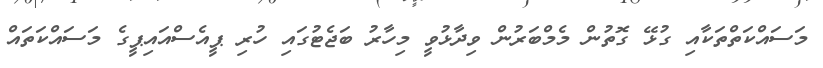
މަސައްކަތްތަކާއި ގުޅޭ ގޮތުން މެމްބަރުން ވިދާޅުވީ މިިހާރު ބަޖެޓުގައި ހުރި ޕީއެސްއައިޕީގެ މަސައްކަތައް